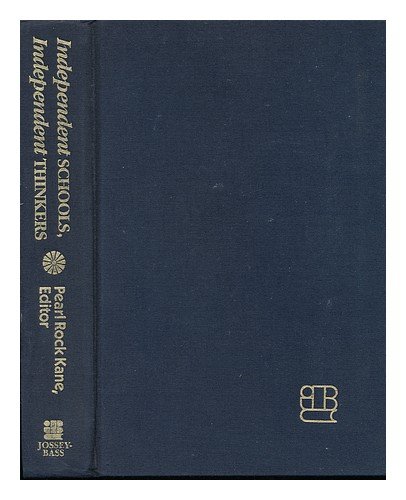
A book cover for Independent Schools, Independent Thinkers (Jossey Bass Education Series); Pearl Rock Kane; Test Preparation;